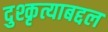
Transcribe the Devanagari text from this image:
दुश्कृत्याबद्दल